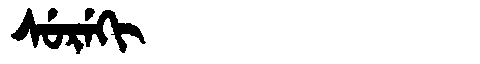
Manchu: ᠰᡠᡵᡝᡴᡳ
Romanization: SUREKI